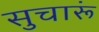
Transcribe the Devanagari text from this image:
सुचारूं